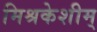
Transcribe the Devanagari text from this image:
मिश्रकेशीम्